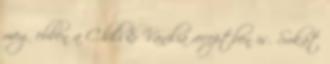
meg ebben a Chili & Vanilia receptben is. Sokat